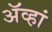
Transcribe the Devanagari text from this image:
ॲव्हां